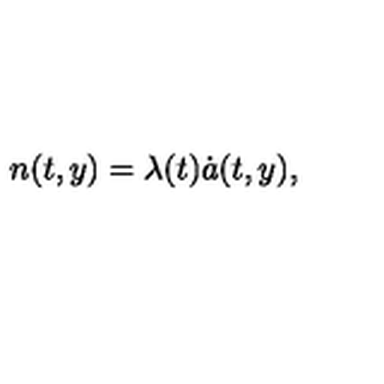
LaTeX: n ( t , y ) = \lambda ( t ) \dot { a } ( t , y ) ,